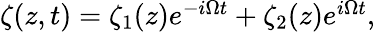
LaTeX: \begin{array}{r}{\zeta(z,t)=\zeta_{1}(z)e^{-i\Omega t}+\zeta_{2}(z)e^{i\Omega t},}\end{array}